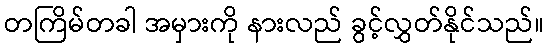
တကြိမ်တခါ အမှားကို နားလည် ခွင့်လွှတ်နိုင်သည်။